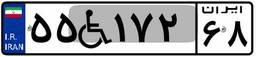
۵۵W۱۷۲۶۸